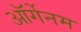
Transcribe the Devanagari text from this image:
ऑर्गेनम